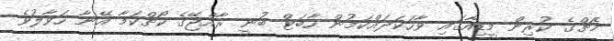
މެޗްގެ ކުރިން މީޑިއާގައި ވާހަކަދައްކަމުން ހާބަޓް ބުނީ ރާއްޖޭގެ ކޯޗްކަމާ އޭނާ ހަވާލުވެ